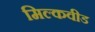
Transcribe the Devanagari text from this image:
मिल्कवीड